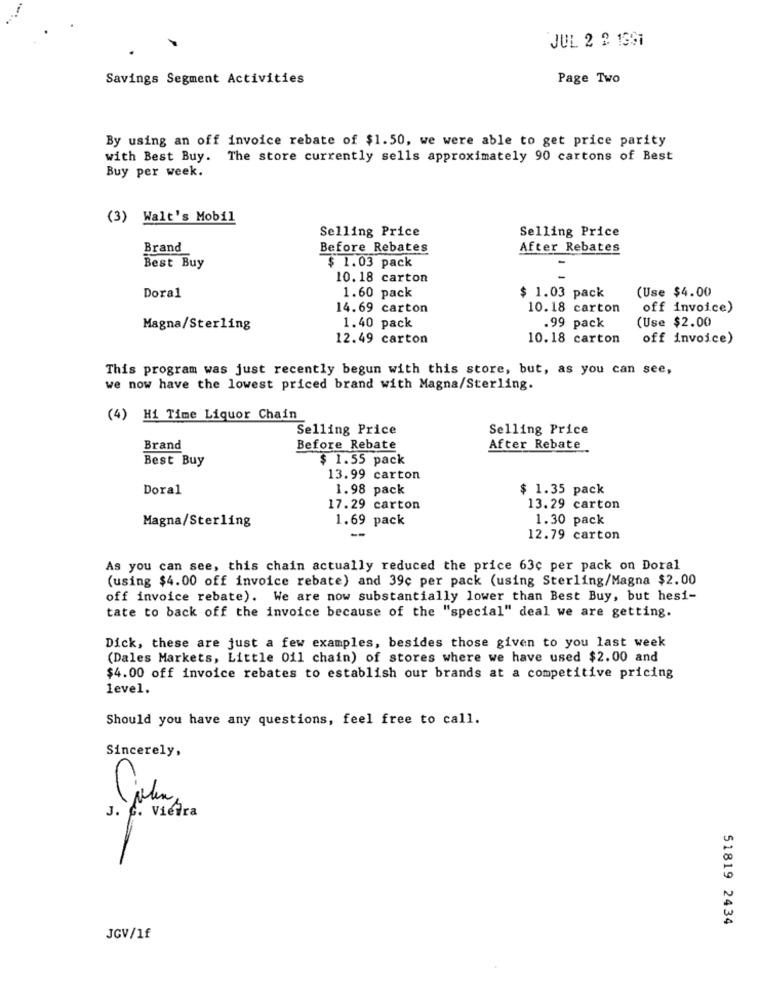
JUL 2 2 1391
Savings Segment Activities
Page Two
By using an off invoice rebate of $1.50, we were able to get price parity
with Best Buy. The store currently sells approximately 90 cartons of Best
Buy per week.
(3) Walt's Mobil
Selling Price
Selling Price
Brand
Before Rebates
After Rebates
Best Buy
$ 1.03 pack
10.18 carton
Doral
1.60 pack
$ 1.03 pack
(Use $4.00
14.69 carton
10.18 carton
off invoice)
1.40 pack
(Use $2.00
Magna/Sterling
.99 pack
12.49 carton
10.18 carton
off invoice)
This program was just recently begun with this store, but, as you can see,
we now have the lowest priced brand with Magna/Sterling.
(4) Hi Time Liquor Chain
Selling Price
Selling Price
Brand
Before Rebate
After Rebate
Best Buy
$ 1.55 pack
13.99 carton
Doral
1.98 pack
$ 1.35 pack
17.29 carton
13.29 carton
Magna/Sterling
1.69 pack
1.30 pack
12.79 carton
As you can see, this chain actually reduced the price 63c per pack on Doral
(using $4.00 off invoice rebate) and 39c per pack (using Sterling/Magna $2.00
off invoice rebate). We are now substantially lower than Best Buy, but hesi-
tate to back off the invoice because of the "special" deal we are getting.
Dick, these are just a few examples, besides those given to you last week
(Dales Markets, Little Oil chain) of stores where we have used $2.00 and
$4.00 off invoice rebates to establish our brands at a competitive pricing
level.
Should you have any questions, feel free to call.
Sincerely,
J. G. Vieira
Ca
51819 2434
JGV/1f